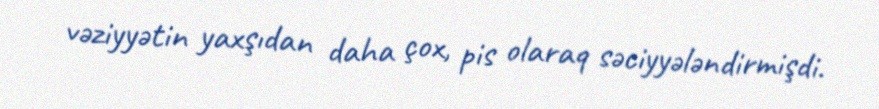
vəziyyətin yaxşıdan daha çox, pis olaraq səciyyələndirmişdi.